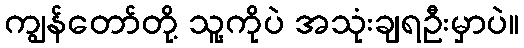
ကျွန်တော်တို့ သူ့ကိုပဲ အသုံးချရဦးမှာပဲ။